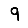
Digit: 9